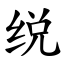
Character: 䌼